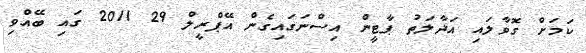
ކަމަށް ގޮވާލައި އަދާލަތު ޕާޓީން އިސްނަގައިގެން އޭޕްރީލް 29 2011 ގައި ބޭއްވި